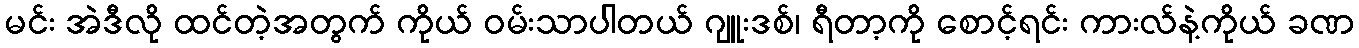
မင်း အဲဒီလို ထင်တဲ့အတွက် ကိုယ် ဝမ်းသာပါတယ် ဂျူးဒစ်၊ ရီတာ့ကို စောင့်ရင်း ကားလ်နဲ့ကိုယ် ခဏ